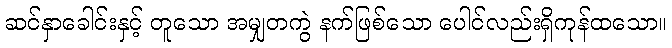
ဆင်နှာခေါင်းနှင့် တူသော အမျှတကွဲ နက်ဖြစ်သော ပေါင်လည်းရှိကုန်ထသော။